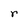
Character: r